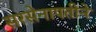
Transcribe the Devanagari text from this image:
सरसेनापतीने